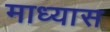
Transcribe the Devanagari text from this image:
माध्यास